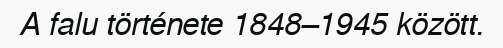
A falu története 1848–1945 között.